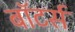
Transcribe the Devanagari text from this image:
बॉटर्स